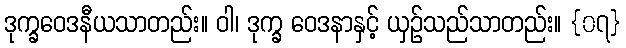
ဒုက္ခဝေဒနီယသာတည်း။ ဝါ၊ ဒုက္ခ ဝေဒနာနှင့် ယှဉ်သည်သာတည်း။ {၀၇}